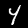
Label: 4